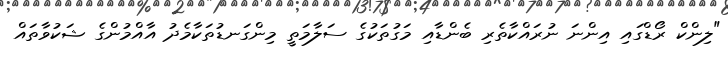
"ލިންކް ރޯޑްގައި އިންނަ ނުރައްކާތެރި ބެންޑާއި މަގުތަކުގެ ސަލާމަތީ މިންގަނޑުތަކާމެދު އާއްމުންގެ ޝަކުވާތައް